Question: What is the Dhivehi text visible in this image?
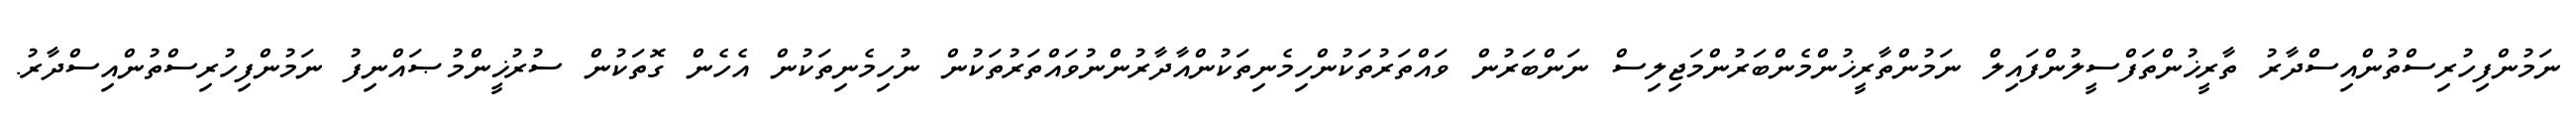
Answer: ނަމުންފިހުރިސްތުންއިސްދާރު ތާރީޚުންތަފްސީލުންފައިލް ނަމުންތާރީޚުންމެންބަރުންމަޖިލިސް ނަންބަރުން ވައްތަރުތަކުންހިމެނިތަކުންއާދާރުންނުވައްތަރުތަކުން ނުހިމެނިތަކުން އެހެން ގޮތަކުން ސުރުޚީންމުޞައްނިފު ނަމުންފިހުރިސްތުންއިސްދާރު.